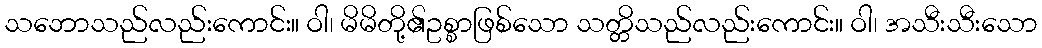
သဘောသည်လည်းကောင်း။ ဝါ၊ မိမိတို့၏ဥစ္စာဖြစ်သော သတ္တိသည်လည်းကောင်း။ ဝါ၊ အသီးသီးသော